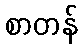
စာတန်